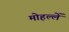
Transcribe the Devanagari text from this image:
मोहल्लें